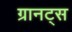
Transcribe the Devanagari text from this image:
ग्रानट्स